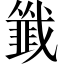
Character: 韱